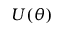
U ( \theta )